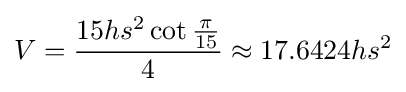
V={\frac {15hs^{2}\cot {\frac {\pi }{15}}}{4}}\approx 17.6424hs^{2}